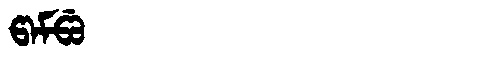
Manchu: ᡦᠠᠮᡦᡠ
Romanization: PAMPU